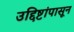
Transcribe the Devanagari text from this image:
उद्दिष्टांपासून